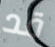
قد